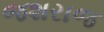
જશરાજ